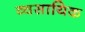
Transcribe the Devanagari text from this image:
व्वसायिक